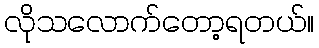
လိုသလောက်တော့ရတယ်။